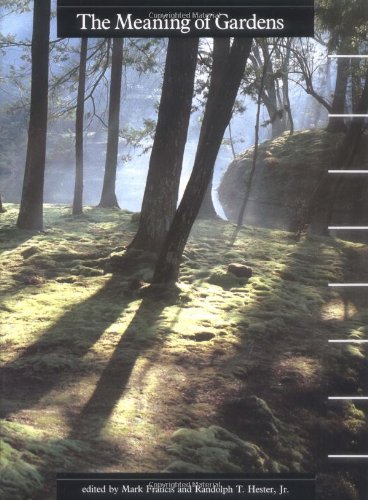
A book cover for The Meaning of Gardens; Crafts, Hobbies & Home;